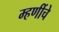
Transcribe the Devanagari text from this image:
म्हणींचे